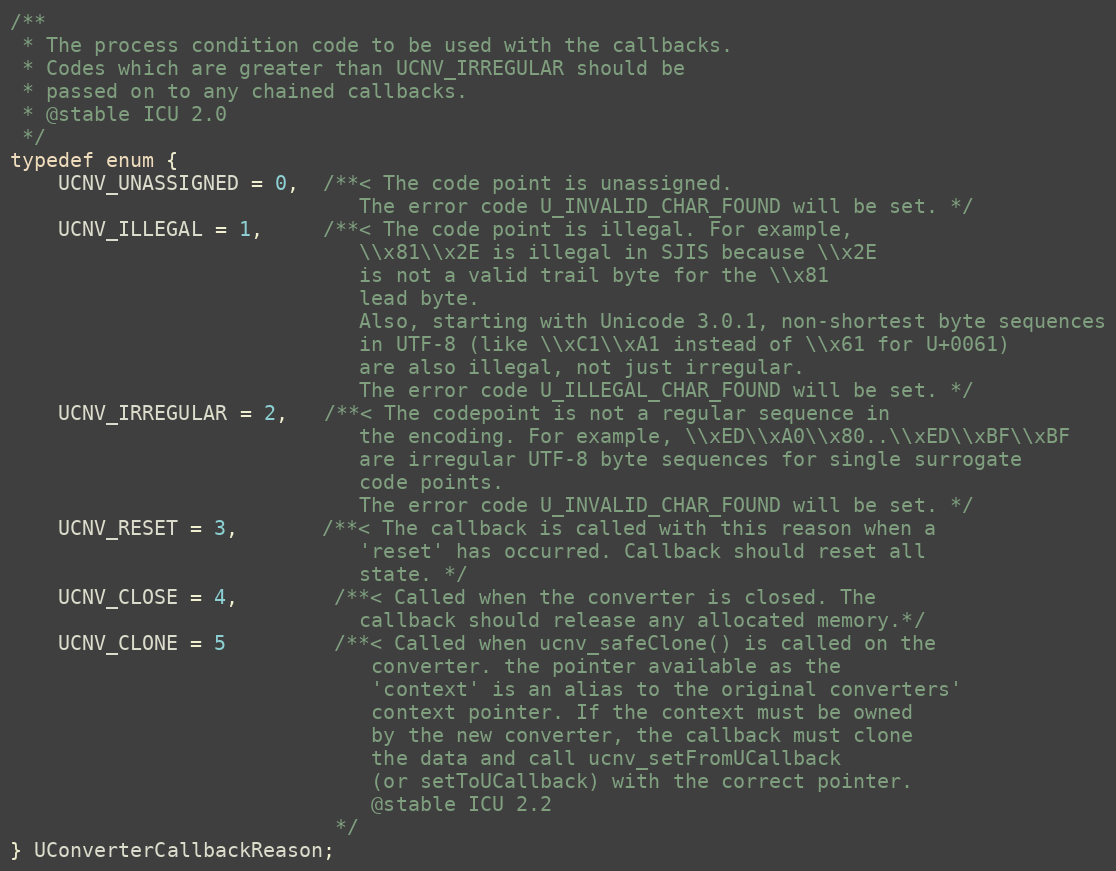
Language: C
/**
 * The process condition code to be used with the callbacks.
 * Codes which are greater than UCNV_IRREGULAR should be
 * passed on to any chained callbacks.
 * @stable ICU 2.0
 */
typedef enum {
    UCNV_UNASSIGNED = 0,  /**< The code point is unassigned.
                             The error code U_INVALID_CHAR_FOUND will be set. */
    UCNV_ILLEGAL = 1,     /**< The code point is illegal. For example,
                             \\x81\\x2E is illegal in SJIS because \\x2E
                             is not a valid trail byte for the \\x81
                             lead byte.
                             Also, starting with Unicode 3.0.1, non-shortest byte sequences
                             in UTF-8 (like \\xC1\\xA1 instead of \\x61 for U+0061)
                             are also illegal, not just irregular.
                             The error code U_ILLEGAL_CHAR_FOUND will be set. */
    UCNV_IRREGULAR = 2,   /**< The codepoint is not a regular sequence in
                             the encoding. For example, \\xED\\xA0\\x80..\\xED\\xBF\\xBF
                             are irregular UTF-8 byte sequences for single surrogate
                             code points.
                             The error code U_INVALID_CHAR_FOUND will be set. */
    UCNV_RESET = 3,       /**< The callback is called with this reason when a
                             'reset' has occurred. Callback should reset all
                             state. */
    UCNV_CLOSE = 4,        /**< Called when the converter is closed. The
                             callback should release any allocated memory.*/
    UCNV_CLONE = 5         /**< Called when ucnv_safeClone() is called on the
                              converter. the pointer available as the
                              'context' is an alias to the original converters'
                              context pointer. If the context must be owned
                              by the new converter, the callback must clone
                              the data and call ucnv_setFromUCallback
                              (or setToUCallback) with the correct pointer.
                              @stable ICU 2.2
                           */
} UConverterCallbackReason;